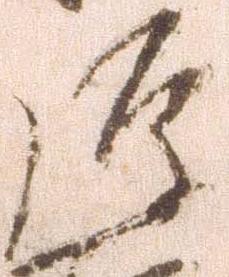
弾